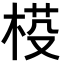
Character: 𣓒